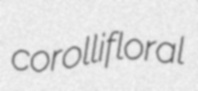
corollifloral